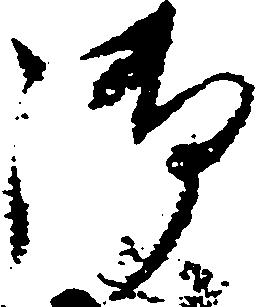
御